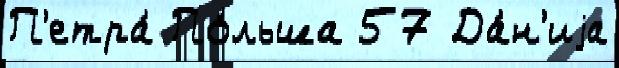
П'етра́ По́льша 57 Да́н'иjа